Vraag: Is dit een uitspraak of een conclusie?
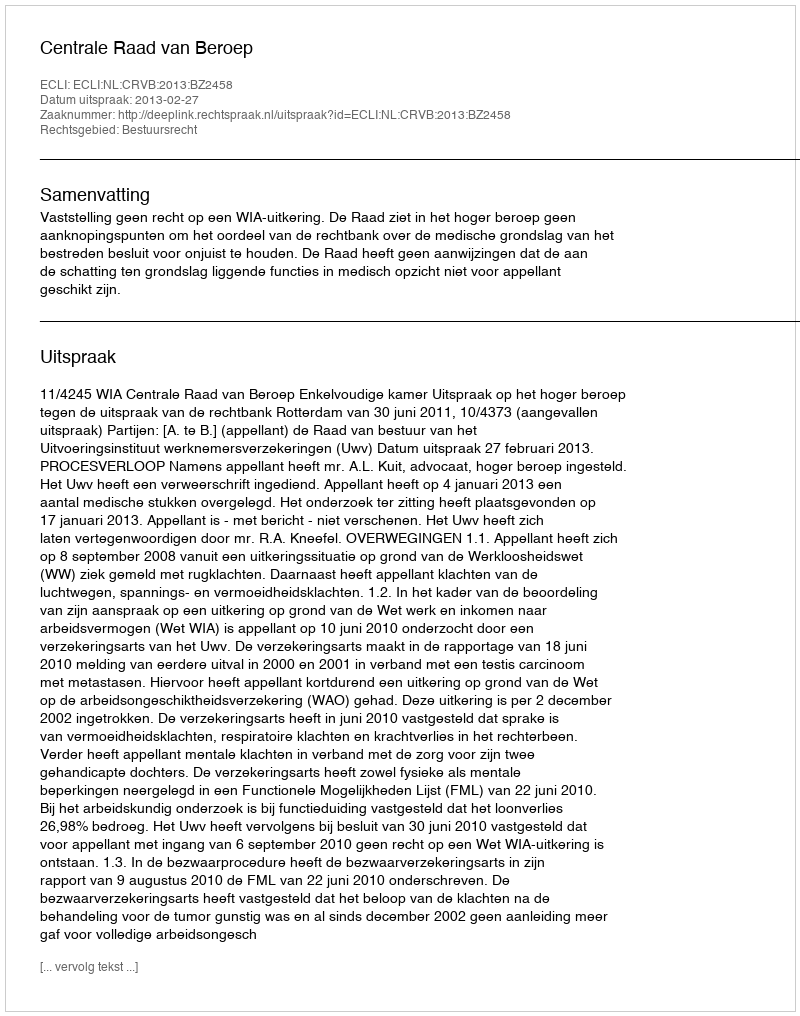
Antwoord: Uitspraak